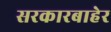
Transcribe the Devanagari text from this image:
सरकारबाहेर